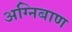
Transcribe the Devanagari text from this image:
अग्‍निबाण